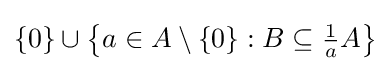
\{0\}\cup \left\{a\in A\setminus \{0\}:B\subseteq \textstyle {\frac {1}{a}}A\right\}